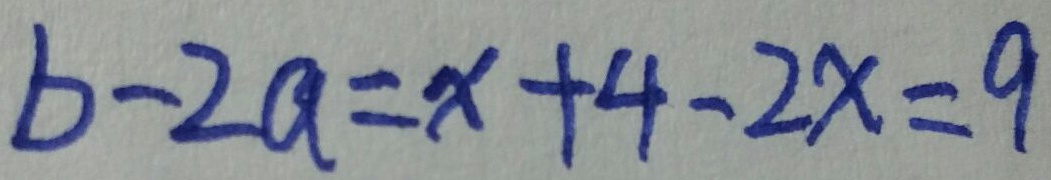
b - 2 a = x + 4 - 2 x = 9